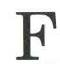
F